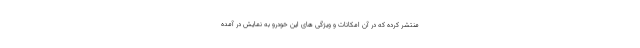
منتشر کرده که در آن امکانات و ویژگی های این خودرو به نمایش در آمده